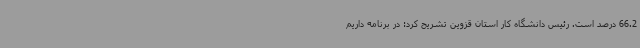
66.2 درصد است. رئیس دانشگاه کار استان قزوین تشریح کرد: در برنامه داریم